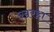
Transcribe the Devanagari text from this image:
ख़रहा